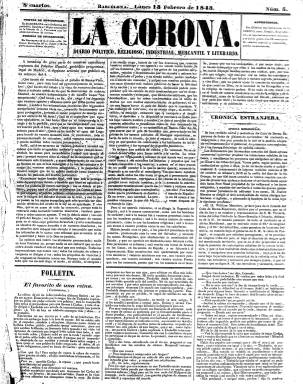
Título: La Corona (Barcelona)
Colección: Periódicos anteriores a 1850
Ámbito geográfico: Barcelona
Lugar de publicación: Barcelona
Fechas: 13/02/1843-17/05/1843

Con el subtítulo “diario político, religioso, industrial, mercantil y literario” publica su primer número el nueve de febrero de 1843, atribuyéndose su dirección al poeta, periodista e historiador Pau Piferrer i Fàbregas (1818-1848), que de ser un liberal exaltado, a partir de 1839 adoptará una postura moderada. Su equipo de redacción es fruto de la unión de los que habían anunciado previamente la aparición a principios de ese mismo año en Barcelona de los diarios conservadores La Monarquía y La Esperanza, que no llegaron, por tanto, a publicarse.

Junto a Piferrer integran el consejo de redacción de La Corona, Francesc Permanyer i Tuyet (1817-1864) y Josep Ferrer i Subirana (1813-1843), así como Joaquim Puig i Esteve; y entre sus colaboradores se menciona a Manuel Milà i Fontanals (1818-1884).

Será un periódico en formato de gran folio, de cuatro páginas y compuesto a tres y, después, a cuatro columnas, cuyo impresor será J. Verdaguer, apareciendo como editor responsable Francisco Serra. De tendencia moderada, será defensor de la monarquía y de la Constitución de 1837, a la vez que contrario a cualquier tratado comercial con Gran Bretaña en el plano económico.

Publicará diariamente un artículo de fondo, junto a secciones como Crónica extranjera, Crónica interior (después Crónica española), Parte industrial, Parte literaria, Parte mercantil (movimiento portuario), Gacetín urbano (noticias locales), Cortes, Religión (cultos), Espectáculos y Anuncios comerciales. Publicará también un folletín y destacan asimismo sus colaboraciones literarias.

Tuvo corta vida, pues en su entrega 97, correspondiente al 17 de mayo de 1843, anuncia su cese por el pleito que el alcalde de la ciudad desde el mes de abril, el progresista Josep Maluquer i Mortadit, había entablado contra el periódico por la publicación de un artículo publicado el día ocho de mayo, quedando el Diario de Barcelona encargado de cubrir sus suscripciones.

Pau Piferrer será al año siguiente el principal impulsor de la revista La Discusión (1847).